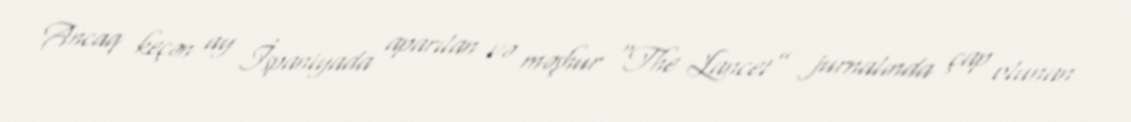
Ancaq keçən ay İspaniyada aparılan və məşhur “The Lancet” jurnalında çap olunan